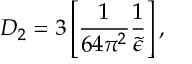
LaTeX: D _ { 2 } = 3 \left[ \frac { 1 } { 6 4 \pi ^ { 2 } } \frac { 1 } { \widetilde \epsilon } \right] ,